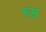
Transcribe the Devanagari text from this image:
ध्म्र